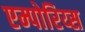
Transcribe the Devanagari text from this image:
एम्पोरिय्स